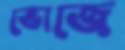
ভোজে